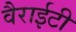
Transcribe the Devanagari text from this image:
वैराईटी